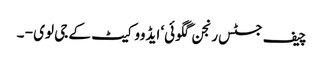
چیف جسٹس رنجن گگوئی‘ ایڈووکیٹ کے جی لوی - ۔